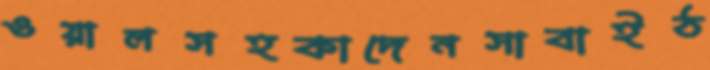
ওয়ালসহকাদেনসাবাইঠ